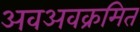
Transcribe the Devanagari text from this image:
अवअवक्रमित